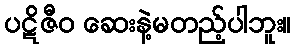
ပဋိဇီဝ ဆေးနဲ့မတည့်ပါဘူး။